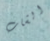
الشاب